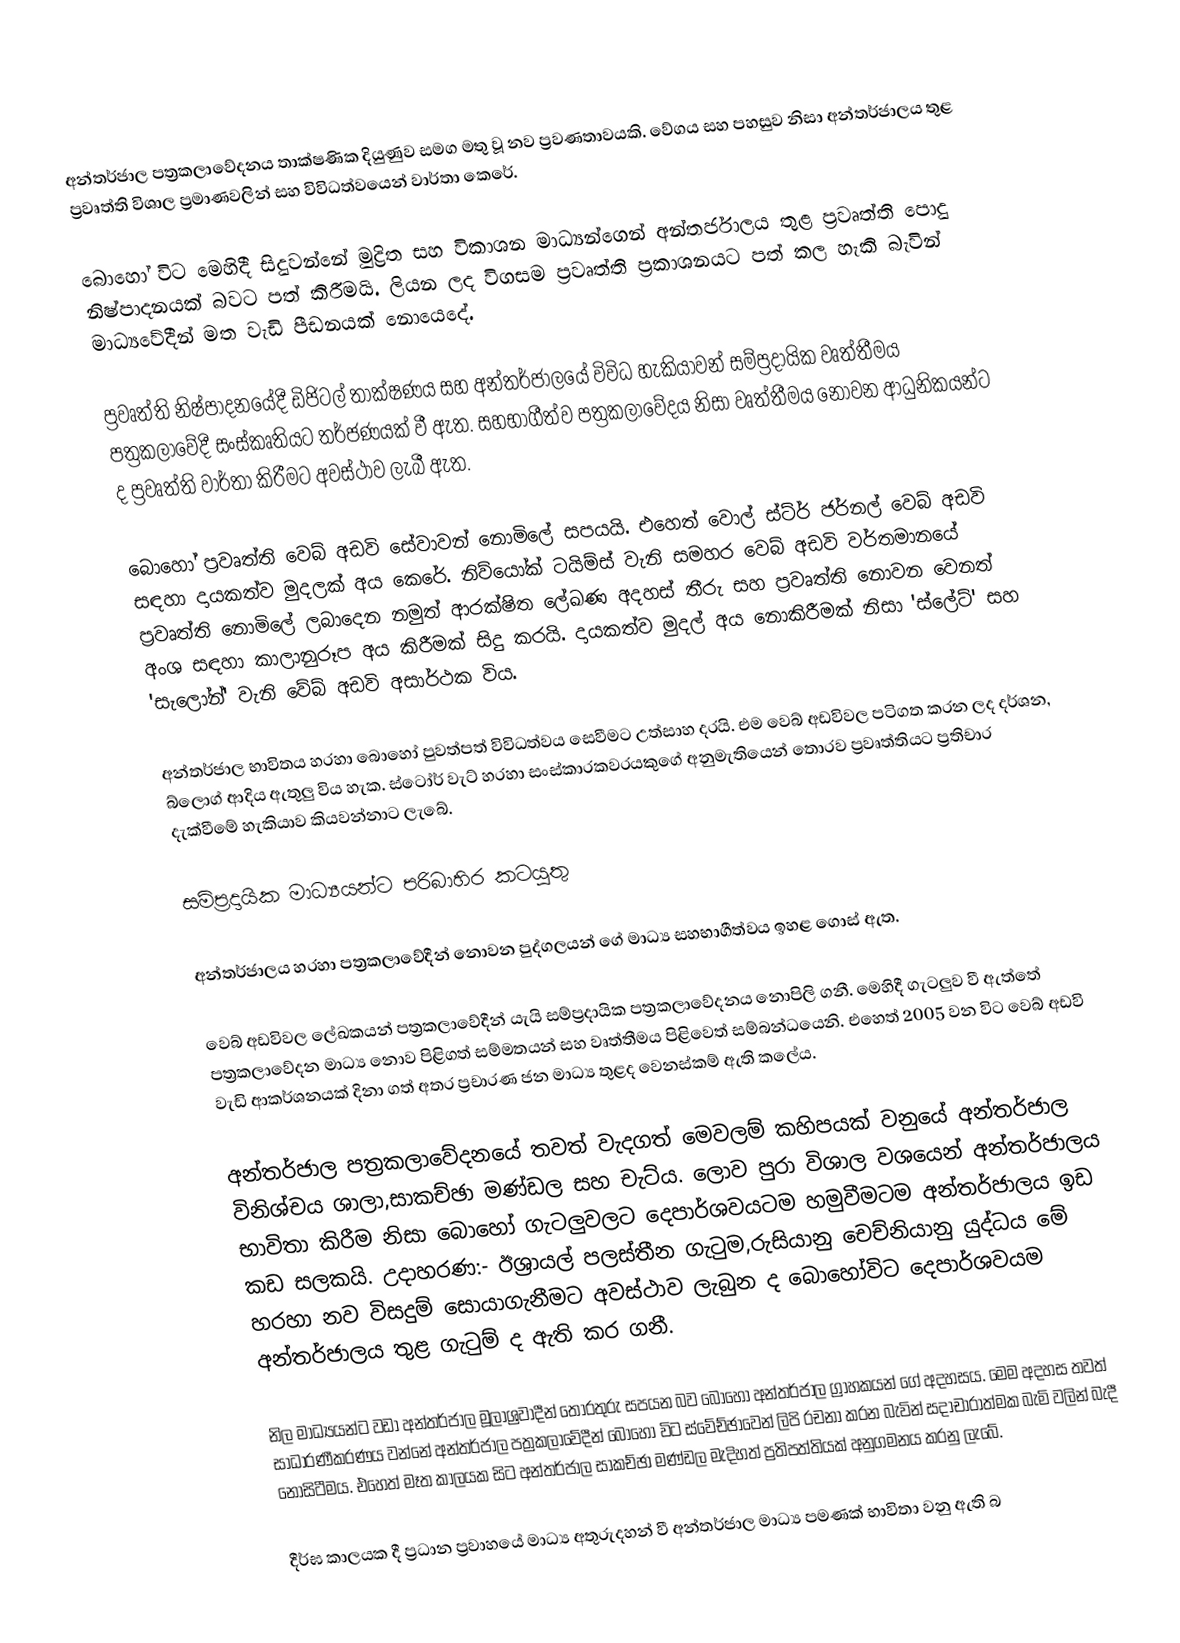
අන්තර්ජාල පත්‍රකලාවේදනය තාක්ෂණික දියුණුව සමග මතු වූ නව ප්‍රවණතාවයකි. වේගය සහ පහසුව නිසා අන්තර්ජාලය තුළ ප්‍රවෘත්ති විශාල ප්‍රමාණවලින් සහ විවිධත්වයෙන් වාර්තා කෙරේ.

බොහෝ විට මෙහිදී සිදුවන්නේ මුද්‍රිත සහ විකාශන මාධ්‍යන්ගෙන් අන්තර්ජාලය තුළ ප්‍රවෘත්ති පොදු නිෂ්පාදනයක් බවට පත් කිරීමයි. ලියන ලද විගසම ප්‍රවෘත්ති ප්‍රකාශනයට පත් කල හැකි බැවින් මාධ්‍යවේදීන් මත වැඩි පීඩනයක් නොයෙදේ.

ප්‍රවෘත්ති නිෂ්පාදනයේදී ඩිජිටල් තාක්ෂණය සහ අන්තර්ජාලයේ විවිධ හැකියාවන් සම්ප්‍රදායික වෘත්තීමය පත්‍රකලාවේදී සංස්කෘතියට තර්ජණයක් වී ඇත. සහභාගීත්ව පත්‍රකලාවේදය නිසා වෘත්තීමය නොවන ආධුනිකයන්ට ද ප්‍රවෘත්ති වාර්තා කිරීමට අවස්ථාව ලැබී ඇත.

බොහෝ ප්‍රවෘත්ති වෙබ් අඩවි සේවාවන් නොමිලේ සපයයි. එහෙත් වොල් ස්ට්ර් ජර්නල් වෙබ් අඩවි සඳහා දායකත්ව මුදලක් අය කෙරේ. නිව්යෝක් ටයිම්ස් වැනි සමහර වෙබ් අඩවි වර්තමානයේ ප්‍රවෘත්ති නොමිලේ ලබාදෙන නමුත් ආරක්ෂිත ලේඛණ අදහස් තීරු සහ ප්‍රවෘත්ති නොවන වෙනත් අංශ සඳහා කාලානුරූප අය කිරීමක් සිදු කරයි. දායකත්ව මුදල් අය නොකිරීමක් නිසා 'ස්ලේට්' සහ 'සැලෝන්' වැනි වේබ් අඩවි අසාර්ථක විය.

අන්තර්ජාල භාවිතය හරහා බොහෝ පුවත්පත් විවිධත්වය සෙවීමට උත්සාහ දරයි. එම වෙබ් අඩවිවල පටිගත කරන ලද දර්ශන, බ්ලොග් ආදිය ඇතුලු විය හැක. ස්ටෝර් වැට් හරහා සංස්කාරකවරයකුගේ අනුමැතියෙන් තොරව ප්‍රවෘත්තියට ප්‍රතිචාර දැක්වීමේ හැකියාව කියවන්නාට ලැබේ.

සම්ප්‍රදායික මාධ්‍යයන්ට පරිබාහිර කටයුතු

අන්තර්ජාලය හරහා පත්‍රකලාවේදීන් නොවන පුද්ගලයන් ගේ මාධ්‍ය සහභාගීත්වය ඉහළ ගොස් ඇත.

වෙබ් අඩවිවල ලේඛකයන් පත්‍රකලාවේදීන් යැයි සම්ප්‍රදායික පත්‍රකලාවේදනය නොපිලි ගනී. මෙහිදී ගැටලුව වී ඇත්තේ පත්‍රකලාවේදන මාධ්‍ය නොව පිළිගත් සම්මතයන් සහ වෘත්තීමය පිළිවෙත් සම්බන්ධයෙනි. එහෙත් 2005 වන විට වෙබ් අඩවි වැඩි ආකර්ශනයක් දිනා ගත් අතර ප්‍රචාරණ ජන මාධ්‍ය තුළද වෙනස්කම් ඇති කලේය.

අන්තර්ජාල පත්‍රකලාවේදනයේ තවත් වැදගත් මෙවලම් කහිපයක් වනුයේ අන්තර්ජාල විනිශ්චය ශාලා,සාකච්ඡා මණ්ඩල සහ චැට්ය. ලොව පුරා විශාල වශයෙන් අන්තර්ජාලය භාවිතා කිරීම නිසා බොහෝ ගැටලුවලට දෙපාර්ශවයටම හමුවීමටම අන්තර්ජාලය ඉඩ කඩ සලකයි. උදාහරණ:- ඊශ්‍රායල් පලස්තීන ගැටුම,රුසියානු චෙච්නියානු යුද්ධය මේ හරහා නව විසදුම් සොයාගැනීමට අවස්ථාව ලැබුන ද බොහෝවිට දෙපාර්ශවයම අන්තර්ජාලය තුළ ගැටුම් ද ඇති කර ගනී.

නිල මාධ්‍යයන්ට වඩා අන්තර්ජාල මූලාශ්‍රවාදීන් තොරතුරු සපයන බව බොහෝ අන්තර්ජාල ග්‍රාහකයන් ගේ අදහසය. මෙම අදහස තවත් සාධාරණීකරණය වන්නේ අන්තර්ජාල පත්‍රකලාවේදීන් බොහෝ විට ස්වේච්ඡාවෙන් ලිපි රචනා කරන බැවින් සදාචාරාත්මක බැමි වලින් බැදී නොසිටීමය. එහෙත් මෑත කාලයක සිට අන්තර්ජාල සාකච්ඡා මණ්ඩල මැදිහත් ප්‍රතිපත්තියක් අනුගමනය කරනු ලැබේ.

දීර්ඝ කාලයක දී ප්‍රධාන ප්‍රවාහයේ මාධ්‍ය අතුරුදහන් වී අන්තර්ජාල මාධ්‍ය පමණක් භාවිතා වනු ඇති බ